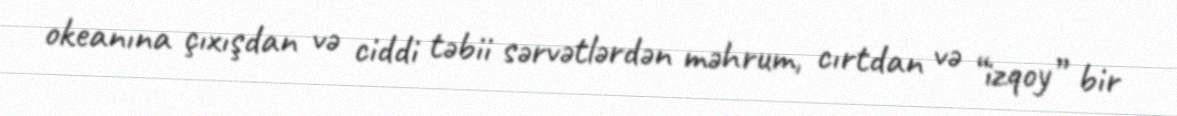
okeanına çıxışdan və ciddi təbii sərvətlərdən məhrum, cırtdan və “izqoy” bir